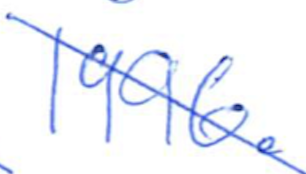
Text: 1996.
Cross-out: diagonal
Writing tool: ballpoint